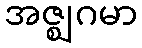
အဇ္ဈဂမာ